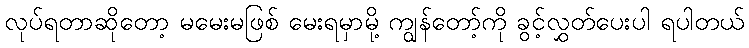
လုပ်ရတာဆိုတော့ မမေးမဖြစ် မေးရမှာမို့ ကျွန်တော့်ကို ခွင့်လွှတ်ပေးပါ ရပါတယ်